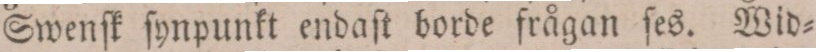
Swenſk ſynpunkt endaſt borde frågan ſes. Wid=